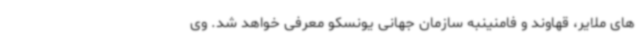
های ملایر، قهاوند و فامنینبه سازمان جهانی یونسکو معرفی خواهد شد. وی